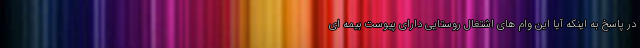
در پاسخ به اینکه آیا این وام های اشتغال روستایی دارای پیوست بیمه ای